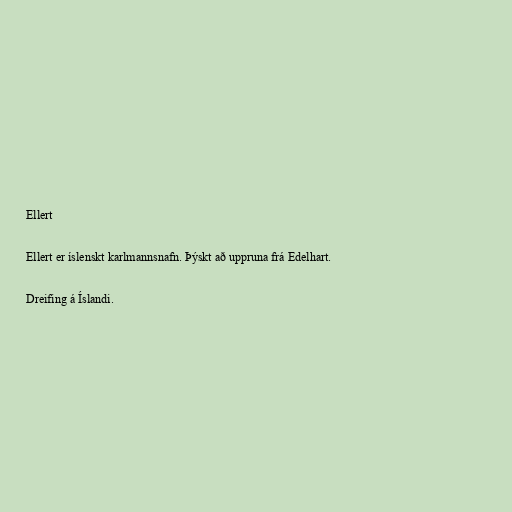
Ellert

Ellert er íslenskt karlmannsnafn. Þýskt að uppruna frá Edelhart.

Dreifing á Íslandi.